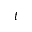
t